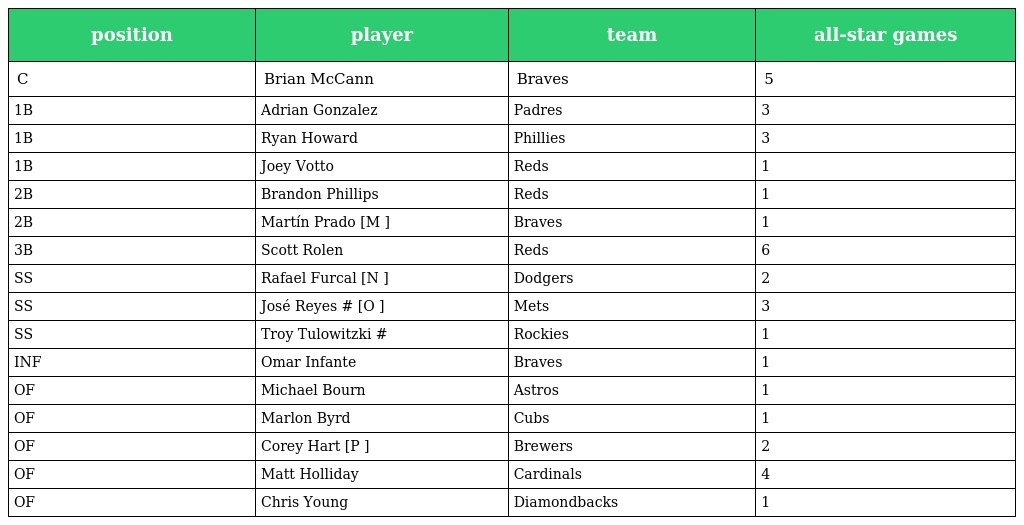
| position | player | team | all-star games |
 | --- | --- | --- | --- |
 | C | Brian McCann | Braves | 5 |
 | 1B | Adrian Gonzalez | Padres | 3 |
 | 1B | Ryan Howard | Phillies | 3 |
 | 1B | Joey Votto | Reds | 1 |
 | 2B | Brandon Phillips | Reds | 1 |
 | 2B | Martín Prado [M ] | Braves | 1 |
 | 3B | Scott Rolen | Reds | 6 |
 | SS | Rafael Furcal [N ] | Dodgers | 2 |
 | SS | José Reyes # [O ] | Mets | 3 |
 | SS | Troy Tulowitzki # | Rockies | 1 |
 | INF | Omar Infante | Braves | 1 |
 | OF | Michael Bourn | Astros | 1 |
 | OF | Marlon Byrd | Cubs | 1 |
 | OF | Corey Hart [P ] | Brewers | 2 |
 | OF | Matt Holliday | Cardinals | 4 |
 | OF | Chris Young | Diamondbacks | 1 |